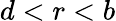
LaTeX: d<r<b